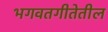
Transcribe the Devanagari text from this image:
भगवतगीतेतील